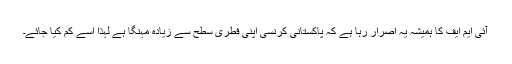
آئی ایم ایف کا ہمیشہ یہ اصرار رہا ہے کہ پاکستانی کرنسی اپنی فطری سطح سے زیادہ مہنگا ہے لہذا اسے کم کیا جائے۔